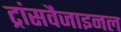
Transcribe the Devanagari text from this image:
ट्रांसवैजाइनल